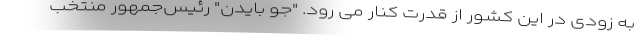
به زودی در این کشور از قدرت کنار می رود. "جو بایدن" رئیس‌جمهور منتخب